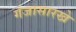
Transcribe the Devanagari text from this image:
गंजासारखे